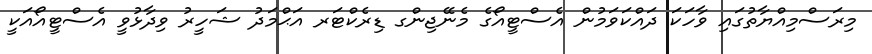
މިރަސްމިއްޔާތުގައި ވާހަކަ ދައްކަވަމުން އެސްޓީއޯގެ މެނޭޖިންގ ޑިރެކްޓަރ އަޙްމަދު ޝަހީރު ވިދާޅުވީ އެސްޓީއޯއަކީ